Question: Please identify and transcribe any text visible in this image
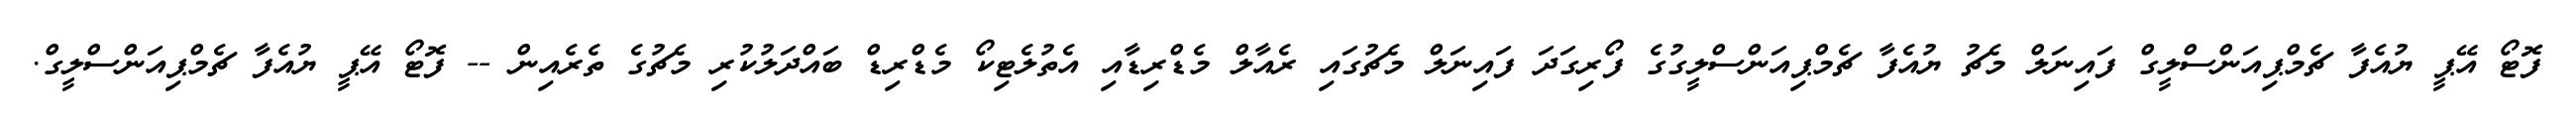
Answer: ފޮޓޯ އޭޕީ ޔުއެފާ ޗެމްޕިއަންސްލީގް ފައިނަލް މެޗު ޔުއެފާ ޗެމްޕިއަންސްލީގުގެ ފޯރިގަދަ ފައިނަލް މެޗުގައި ރެއާލް މެޑްރިޑާއި އެތުލެޓިކޯ މެޑްރިޑް ބައްދަލުކުރި މެޗުގެ ތެރެއިން -- ފޮޓޯ އޭޕީ ޔުއެފާ ޗެމްޕިއަންސްލީގް.